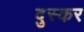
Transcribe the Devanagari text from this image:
दुस्कर